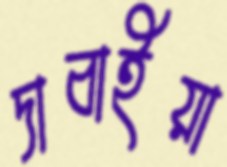
দাবাইয়া